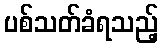
ပစ်သတ်ခံရသည့်